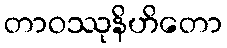
တာဝဿုနိဟိတော